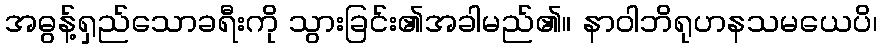
အဓွန့်ရှည်သောခရီးကို သွားခြင်း၏အခါမည်၏။ နာဝါဘိရုဟနသမယေပိ၊